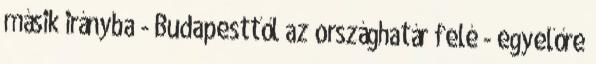
másik irányba - Budapesttől az országhatár felé - egyelőre